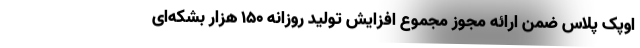
اوپک پلاس ضمن ارائه مجوز مجموع افزایش تولید روزانه ۱۵۰ هزار بشکه‌ای